Some observations on the poison of Russell's viper (Daboia russellii) - Number 3
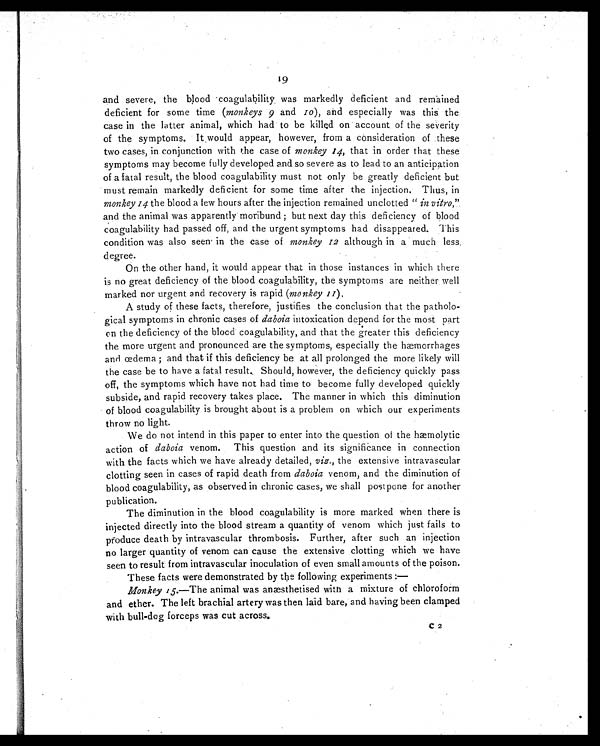
19
and severe, the blood . coagulability was markedly deficient and remained
deficient for some time (monkeys 9 and 1 0
) , a n d e s p e c i a l l y w a s t h i s t h e
case in the latter animal, which had to be killed on account of the severity
of the symptoms. It would appear, however, from a consideration of these
two cases, in conjunction with the case of monkey 14, that in order that these
symptoms may become fully developed and so severe as to lead to an anticipation
of a fatal result, the blood coagulability must not only be greatly deficient but
must remain markedly deficient for some time after the injection. Thus, in
monkey 14 the blood a few hours after the injection remained unclotted " in vitro,"
and the animal was apparently moribund but next day this deficiency of blood
coagulability had passed off, and the urgent symptoms had disappeared. This
condition was also seen in the case of monkey 12 although in a much less,
degree.
On the other hand, it would appear that in those instances in which there
is no great deficiency of the blood coagulability, the symptoms are neither well
marked nor urgent and recovery is rapid (monkey 11 ) ,
A study of these facts, therefore, justifies the conclusion that the patholo-
gical symptoms in chronic cases of daboia intoxication depend for the most part
on the deficiency of the blood coagulability, and that the greater this deficiency
the more urgent and pronounced are the symptoms, especially the hæmorrhages
and œdema ; and that if this deficiency be at all prolonged the more likely will
the case be to have a fatal result. Should, however, the deficiency quickly pass
off, the symptoms which have not had time to become fully developed quickly
subside, and rapid recovery takes place. The manner in which this diminution
of blood coagulability is brought about is a problem on which our experiments
throw no light.
We do not intend in this paper to enter into the question of the hæmolytic
action of daboia venom. This question and its significance in connection
with the facts which we have already detailed, viz., the extensive intravascular
clotting seen in cases of rapid death from daboia venom, and the diminution of
blood coagulability, as observed in chronic cases, we shall postpone for another
publication.
The diminution in the blood coagulability is more marked when there is
injected directly into the blood stream a quantity of venom which just fails to
produce death by intravascular thrombosis. Further, after such an injection
no larger quantity of venom can cause the extensive clotting which we have
seen to result from intravascular inoculation of even small amounts of the poison.
These facts were demonstrated by the following experiments : —
Monkey 15.—The animal was anæsthetised with a mixture of chloroform
and ether. The left brachial artery was then laid bare, and having been clamped
with bull-dog forceps was cut across.
C 2